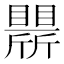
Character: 𣃒